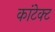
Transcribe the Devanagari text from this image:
कांटेक्‍ट